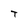
Character: T